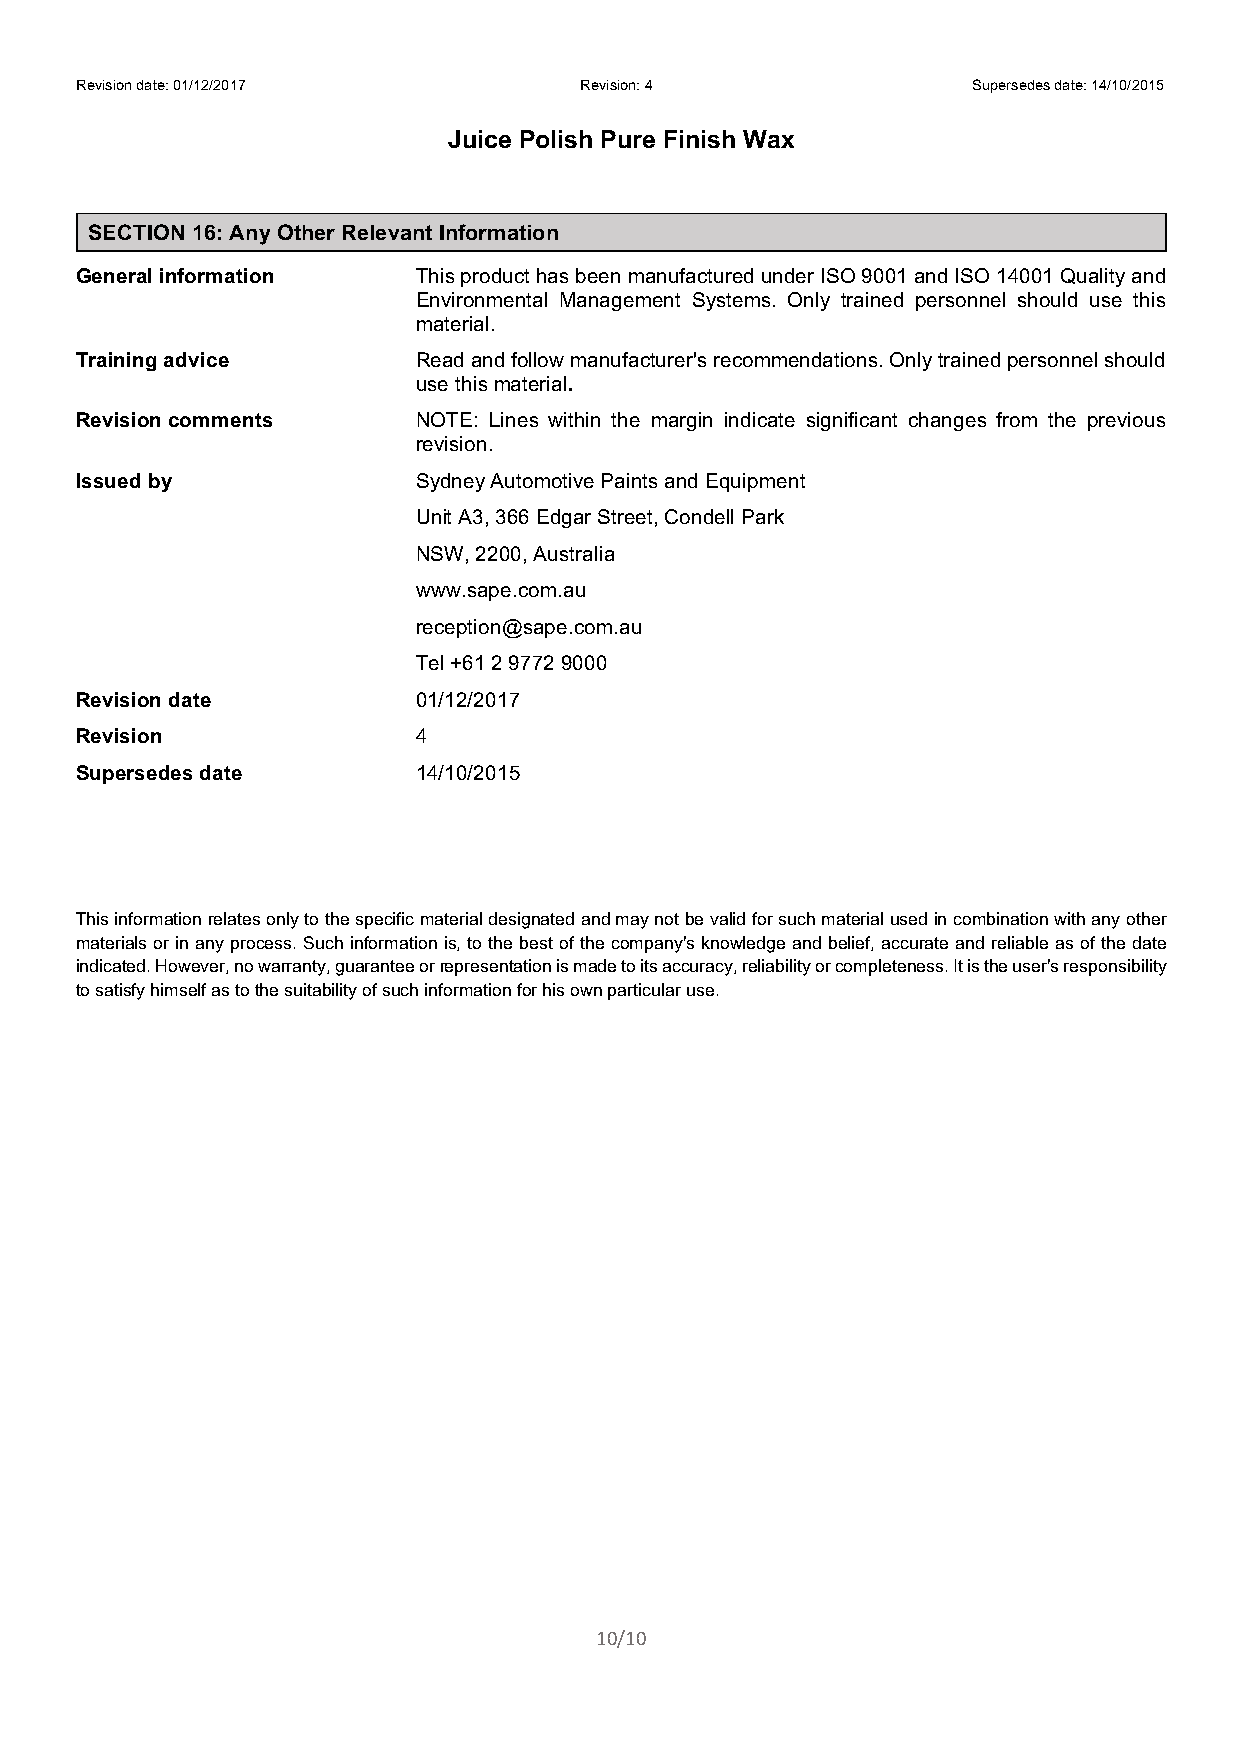
Revision date: 01/12/2017        Revision: 4               Supersedes date: 14/10/2015
 Juice Polish Pure Finish Wax
 SECTION 16: Any Other Relevant Information
 General information    This product has been manufactured under ISO 9001 and ISO 14001 Quality and
 Environmental Management Systems. Only trained personnel should use this
 material.
 Training advice        Read and follow manufacturer's recommendations. Only trained personnel should
 use this material.
 Revision comments      NOTE: Lines within the margin indicate significant changes from the previous
 revision.
 Issued by              Sydney Automotive Paints and Equipment
 Unit A3, 366 Edgar Street, Condell Park
 NSW, 2200, Australia
 www.sape.com.au
 reception@sape.com.au
 Tel +61 2 9772 9000
 Revision date          01/12/2017
 Revision               4
 Supersedes date        14/10/2015
 This information relates only to the specific material designated and may not be valid for such material used in combination with any other
 materials or in any process. Such information is, to the best of the company's knowledge and belief, accurate and reliable as of the date
 indicated. However, no warranty, guarantee or representation is made to its accuracy, reliability or completeness. It is the user's responsibility
 to satisfy himself as to the suitability of such information for his own particular use.
 10/10